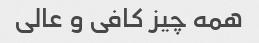
همه چیز کافی و عالی